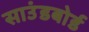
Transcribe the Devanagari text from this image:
साउंडबोर्ड